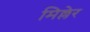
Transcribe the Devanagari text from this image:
मिल्लेर